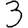
Digit: 3